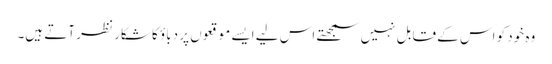
وہ خود کو اس کے قابل نہیں سمجھتے اس لیے ایسے موقعوں پر دباؤ کا شکار نظر آتے ہیں۔